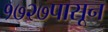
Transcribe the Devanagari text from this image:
१७२७पासून